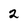
Character: 2